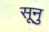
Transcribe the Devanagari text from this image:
सूनु